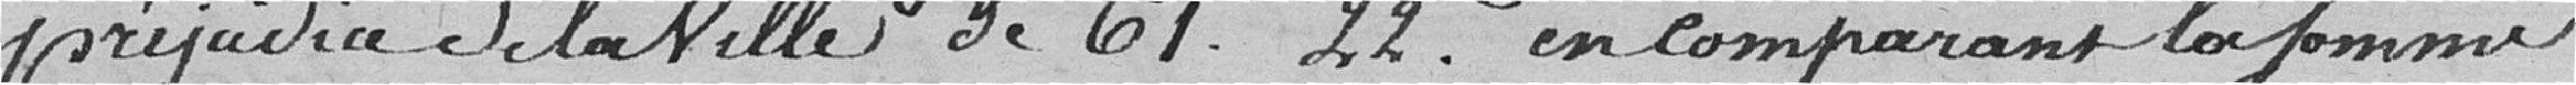
préjudice de la ville de 61,22 francs en comparant la somme